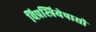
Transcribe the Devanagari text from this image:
विप्रस्त्रियेपासी